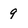
Character: 9